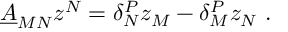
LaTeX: \underline { { { A } } } _ { M N } z ^ { N } = \delta _ { N } ^ { P } z _ { M } - \delta _ { M } ^ { P } z _ { N } \ .